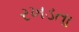
રખડતા